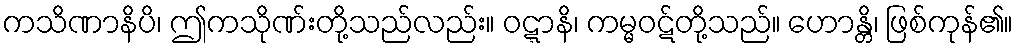
ကသိဏာနိပိ၊ ဤကသိုဏ်းတို့သည်လည်း။ ဝဋ္ဋာနိ၊ ကမ္မဝဋ်တို့သည်။ ဟောန္တိ၊ ဖြစ်ကုန်၏။